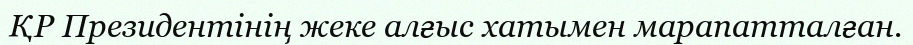
ҚР Президентінің жеке алғыс хатымен марапатталған.